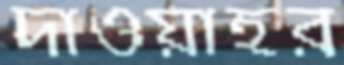
দাওয়াহর